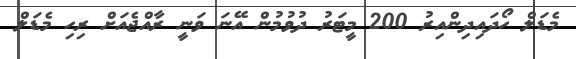
މެޑަލް ހޯދައިދިންއިރު 200 މީޓަރު ދުވުމުން އޭނަ ވަނީ ރާއްޖެއަށް ރިހި މެޑަލް